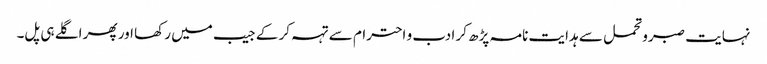
نہایت صبرو تحمل سے ہدایت نامہ پڑھ کر ادب و احترام سے تہہ کر کے جیب میں رکھا اور پھر اگلے ہی پل۔